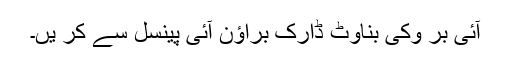
آئی بر وکی بناوٹ ڈارک براؤن آئی پینسل سے کر یں۔